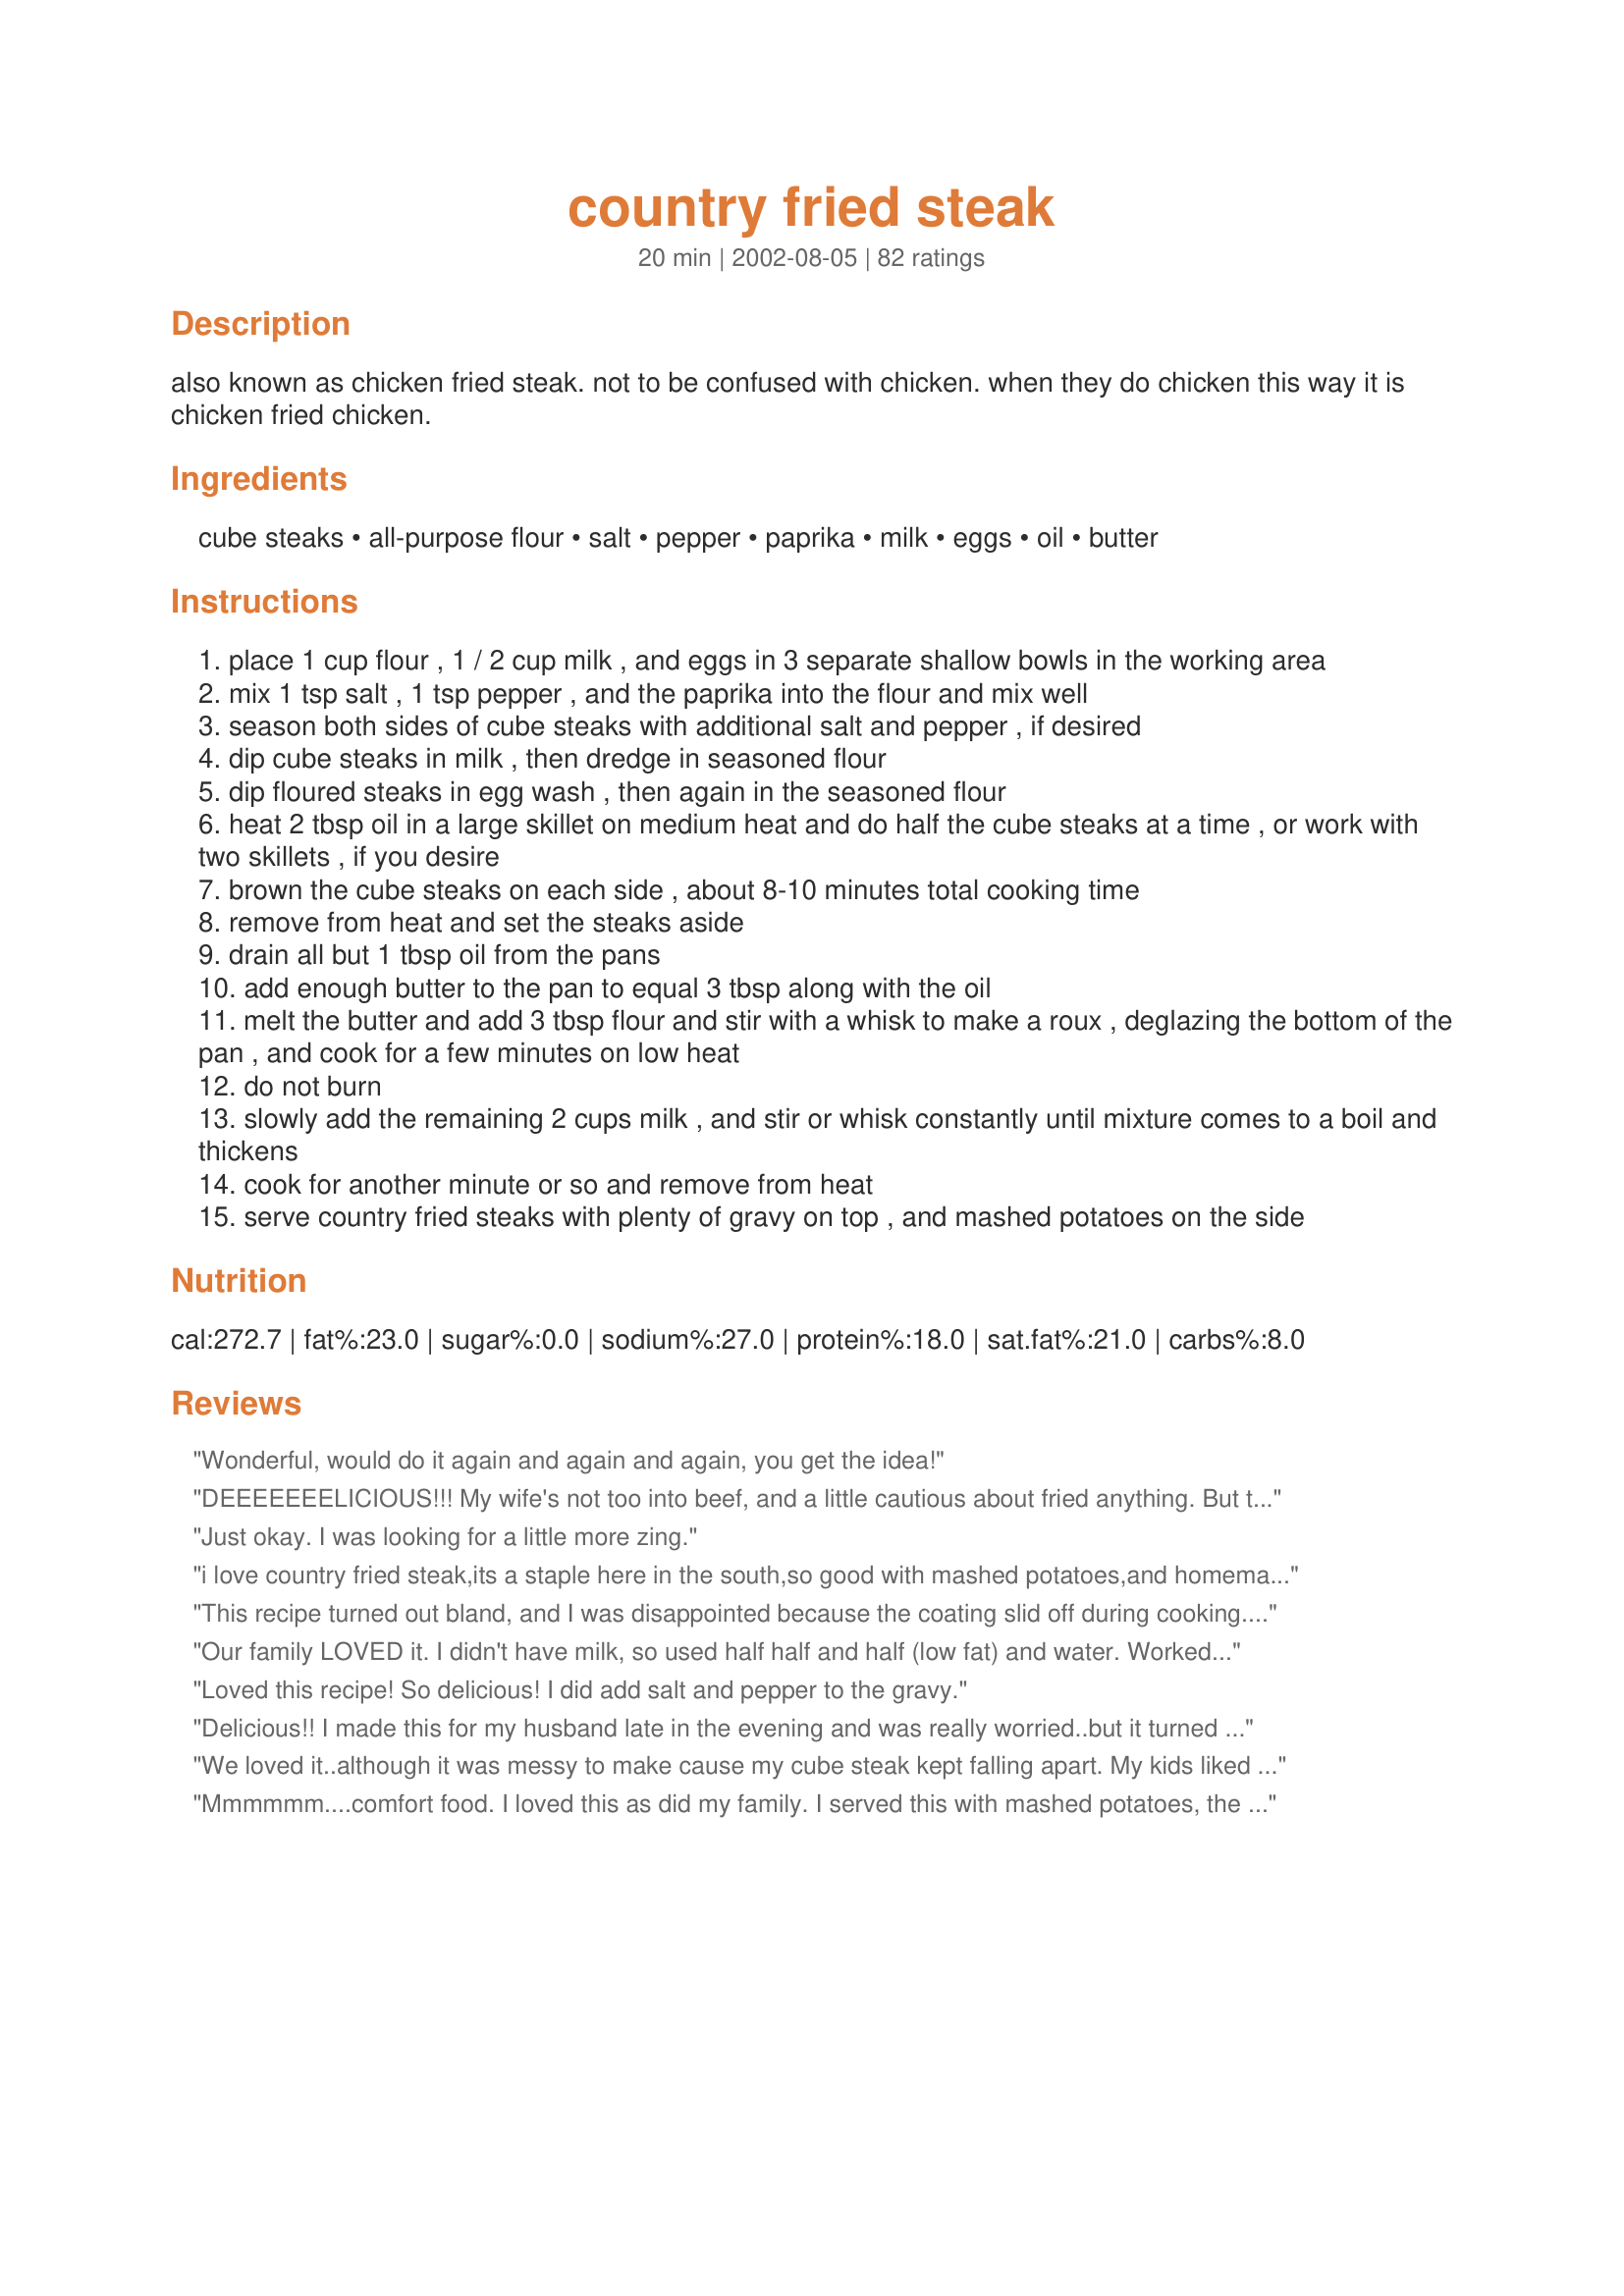
country fried steak
Preparation time: 20 minutes

also known as chicken fried steak. not to be confused with chicken. when they do chicken this way it is chicken fried chicken.

Ingredients:
cube steaks, all-purpose flour, salt, pepper, paprika, milk, eggs, oil, butter

Steps:
place 1 cup flour , 1 / 2 cup milk , and eggs in 3 separate shallow bowls in the working area
mix 1 tsp salt , 1 tsp pepper , and the paprika into the flour and mix well
season both sides of cube steaks with additional salt and pepper , if desired
dip cube steaks in milk , then dredge in seasoned flour
dip floured steaks in egg wash , then again in the seasoned flour
heat 2 tbsp oil in a large skillet on medium heat and do half the cube steaks at a time , or work with two skillets , if you desire
brown the cube steaks on each side , about 8-10 minutes total cooking time
remove from heat and set the steaks aside
drain all but 1 tbsp oil from the pans
add enough butter to the pan to equal 3 tbsp along with the oil
melt the butter and add 3 tbsp flour and stir with a whisk to make a roux , deglazing the bottom of the pan , and cook for a few minutes on low heat
do not burn
slowly add the remaining 2 cups milk , and stir or whisk constantly until mixture comes to a boil and thickens
cook for another minute or so and remove from heat
serve country fried steaks with plenty of gravy on top , and mashed potatoes on the side

Reviews:
Wonderful, would do it again and again and again, you get the idea!
DEEEEEEELICIOUS!!! My wife's not too into beef, and a little cautious about fried anything. But that ain't me, so as the chief cook and bottle washer in this household, I went ahead and made it anyway...heh-heh. WE LOVED IT!!! I see a lot of variations to this recipe and I did one too (the second time around). During a short stint in San Antonio Texas, my friends mom soaked the furiously pounded steak for a couple of hours in a mixture of 2 Tbsp Apple Cider Vinegar, 2 Tbsp Salt, and 2 cups of water. Then she drained and dried it before she seasoned and cooked it. She called it, &quot;Fried Cowboy Steak&quot;. That one tasted good too. Hard to choose which one was better. Thanks for this great southern-style recipe.
Just okay. I was looking for a little more zing.
i love country fried steak,its a staple here in the south,so good with mashed potatoes,and homemade butter milk biscuits.I did notice one reveiwer said it was to greasy, this is from a low frying tempture,you must have the grease really hot when frying any food or it will be greasy. (just alittle tip for the south we fry everything)
This recipe turned out bland, and I was disappointed because the coating slid off during cooking. I never added the extra 1/2 tsp. salt and 1/4 tsp. pepper because it wasn't clear when to do so and I forgot. That might have helped, but I am not convinced. I'm sorry, but I will need to keep looking for a more flavorful recipe.
Our family LOVED it. I didn't have milk, so used half half and half (low fat) and water. Worked great!

I also used olive oil. Thanks for a winner of a recipe!
Loved this recipe! So delicious! I did add salt and pepper to the gravy.
Delicious!! I made this for my husband late in the evening and was really worried..but it turned out great!!! was a yummy late dinner :) TY!
We loved it..although it was messy to make cause my cube steak kept falling apart. My kids liked it because it was not too spicy for them like some country fried steak.
Mmmmmm....comfort food. I loved this as did my family. I served this with mashed potatoes, the gravy, corn, biscuits and fruit salad. Wonderful meal. Thank you for posting.
GREAT! I loved this recipe. Better than grandma's! :) But shhhh.. don't tell her I said so :) The gravy was delicious as well.. perfect! I usually make the gravy out of the packs because I didn't know how to make homemade gravy - this will now be the recipe I use from now on! Thanks!
Used this recipe to compliment 2009 New Years Dinner. Georgia style. Used Peppered Season All Seasoning salt instead of salt, pepper and paprika. Added a little zing. Wonderful Recipe!!! My family and I thank you.
Made this last night, I found that I needed more flour than the recipe called for, but other than that, the recipe was great! This would be a great recipe for anyone who doessn't know what "milk gravy" or "cream gravy" is to try. Thanks for posting!
This CFS was delicious. The breading worked great for me. The gravy was thick and creamy. Made for Food Photo Forum.
What a delicious country fried steak! It was sooooo tender and good. My husband is a very pinicky eater and I worried while making this recipe that he might not eat it due to the pepper and paprika. He doesn't like to try new things and was raised eating very bland foods as a child. To my surprise he scarfed it down like it was going out of style! Ha! He even commented how it had a good slightly spicy flavor to it. I'll be making this recipe for years to come. Thanks Sue L.!!!
I've made this recipe twice so far. The first time I didn't season the meat as much as normally would have and it turned out okay. I seasoned the flour as directed. This time I seasoned the meat the way I like it (season salt, garlic, onion powder, pepper, red pepper and worcestershire) and put paprika in the flour. I did do the dipping in the egg and flour as directed. It turned out just the way I like it! Great! Served with the gravy with onions. Thanks so much!
I made this for dinner tonight and it was fabulous!!! Thanks for posting!!
This is delicious and very easy to make. I served it with the Supreme Garlic Mashed Potatoes (recipe in Recipezaar also) and my family really loved the dinner. Perfect served with the potatoes and a tossed salad. Yum!!!
I liked the country fried steak itself but I thought the gravy was kind of bland. Otherwise, this was tasty!
This is really a great recipe and I appreciate the awesome directions too. DH and I really enjoyed the steak and gravy. Thanks for sharing your recipe!
This cannot be printed
Finally, I've found the chicken fried steak recipe I can keep! Over the years, I've tried and tried to make this...and now I think I've got it! Thank you for posting..it was delicious:)
Im making this right now. I will update when dinner is done. Ok so I made this, and it was a hit! I put mine in the oven at a low temp for a while after I fried them. I felt like they were not all the way done when I was frying them, but I didn't want to burn the coating on them. Next time I will fry the at a lower temp.
We really enjoyed this one! The steaks came out nicely breaded but not choked with breading like some restaurants serve it. We could still taste the beef which is just how we like it. I had a little trouble thickening up the gravy, but I've always had trouble making gravy. Once I turned the heat up to medium-low (gas 3) at step 11 (I didn't since it said low in step 10) it thickened right up. We like our gravy a little spicy so I added approximately 1/2 tsp chili powder, a dash of garlic powder, and a dash of salt & fresh ground pepper. I served this with mashed potatoes and peas and it was very tasty!
My husband is really picky about his country fried steak, and he loves this recipe!
Not sure what the others did wrong but it came out great for me. The steak is meant to be eaten with the gravy...,not quite sure if peoople are using it or not. Either way thanks for sharing I have saved this in my cookbook as I plan to make over and over.
Sorry! Not my fave. To me it was just ok. not as crispy or tender as i would have liked. Also made a huge mess in the kitchen that just didnt seem worth it. Think i'm going to stick with Chili's to go.
We loved this! I did uwse bacon fat opposed to the oil. It is on my husbands top three !
What a PERFECT recipe for country fried steak! My picky 2 year old LOVES this so it's a regular in our house. Thanks for such a great recipe!
Very very good. Thank you for sharing!
Very good, flavorful I think because I used seasoned salt in the flour along with a little garlic powder.. It did not get as crispy as I was hoping it would. Did all the dipping as directed and fried on medium heat, higher I think it would of made it burn not make it crisper
We love this! This is a regular request by my boyfriend now.
We absolutely loved this steak. The gravy made it even better. Thanks for posting this recipe.
I created an account just so I could say thank you. This is great a great recipe. I did put some garlic and herb Mrs Dash on the meat before hand, along with a touch of salt and pepper in the gravy. I Highly recommend this to anyone.
my girlfriend and i used this recipe tonight. it was the first time i had ever made country fried steak, and boy... it was some of the best country fried steak i've ever had! we only had skim milk, so i anticipated some pretty watery, unpleasant gravy, but even with no fat, it was still nice and thick and creamy. overall, this recipe is perfect... though i did add a bit of salt and adobo to the gravy, just because i can't ever leave a recipe alone, heh. thanks!
Good chicken fried steak! I served this with mashed potatoes, biscuits and a pea salad. It did take me quite a bit more time to prepare the recipe since I doubled it for my family. I also had to more than double the flour to have enough. I liked the addition of the paprika.
Excellent. Breading is delicious. Turned out like Cracker Barrel&#039;s in my opinion. Boyfriend loved it!
I liked how simple this recipe was. It went together very quickly and it was nice to have a fast dinner for a chance. I would add more seasoning next time, maybe some seasoned salt or garlic powder. I will make this again!
It sucked! The breading fell off!
REALLY GOOD! The family loved it, served with mashed potatoes, corn and biscuits. Best Country fried steak recipe I've tried. I think I'll stop looking....can't get much better than this.
I did not give this any stars because I think I need to give this recipe another try. Followed it almost exactly - except I accidentally mixed the eggs, milk and flour all into one bowl (oops!) and decided not to be wasteful and coat the steaks anyways. The batter was thick, but they cooked up pretty well even though the coating tended to fall off. Definitely do not exceed medium-high heat, be patient if anything. I would recommend seasoning steaks beforehand, which I did not do. I found the sauce to be very lacking in flavor. Could maybe use some beef bouillon or spices as other reviewers have suggested. My boyfriend still loved it, but I think it can be better than how I did it with the accidental mix
Loved it...one of my favorite dishes growing up. Made with Recipe #274546 and Recipe #83524. Even my picky eater gobbled it up! No problems getting the coating to stick and it fried up wonderfully (used sunflower oil to fry). I prefer making this with saltine crackers, but I didn&#039;t have any on hand. Maybe next time I would season the cube steaks before coating (for my own personal taste): I felt that the seasoning got a little &quot;lost&quot; somewhere in the process (everyone else in my family was content with seasoning). Thanks so much!
I thought this was a good recipe. My boys liked it except the gravy was a little bland. Maybe adding some different spices would help.
I had never had any kind of Country Fried Steak. I'm sad to think of all the blah dinners that it threw to together when we could have been enjoying this delicious meal. Excellent!!!
This is great! When my kids tell me the meal is really good, I know it's a keeper!
I made this recipe as directed except I used a deep fryer to cook the steaks. They came out restaurant quality! Chrispy and seasoned to perfection. Make sure you season the meat and allow it to sit 5 minutes before you bread it. For gravy I made country pepper gravy like they serve at Cracker Barrel or Bob Evans. Make your gravy thick and you will love this recipe.
This was really good! Made everything as is, and I doubled the gravy.
Thank you for this recipe it was great=) I just loved your detail in the instructions. You made it so anybody could be successful with your recipe=)
this recipe is great. my whole family loved it! i am going to start making it once a week because it`s very easy and has a great taste. i can`t wait for next week!!!!!!
I have no idea where I went wrong, but I did. I cant believe after reading all of the comments that I did not enjoy this at all. I am sorry, will not try again.
This is by far my favorite country fried steak recipe on here! Make sure to add your spice to the gravy mix & flour people! The more pepper and paprika the better! The cube steaks turn out crispy and so tender in the middle. Yummy! Whats best is this meal is so cheap... yet very satisfying. <br/>Thanks for sharing!
Can&#039;t believe this was my first time trying Country Fried Steak, but boy was it worth the wait! This is delicious and so easy to make!
This recipe is awesome! Very nice and tender!
Very best CFS I've made yet! I did add seasoning salt to my gravy and steaks, but that's about the only change. Delicious, you have to try it!
This recipe was excellent, I have made it few times and will always use it. Thanks.
I've made this a couple of times now. The first time it was very good and my BF liked it very much only his mother's was more crispier. So the 2nd time I highered the temp on the fryer and it crisped up real good. Very delicious recipe!
This was my first attempt at Country Fried Steak and I liked it. I thought the gravy was bland though and it definitely benefited from some extra seasoning. I did like the fact that I didnt have a ton of breading left over. The steaks themselves were good but again, a bit bland. Thanks for an easy but messy recipe:)
we absolutly love this recipe i had never tried to make this before and it was very easy and delicious. i also am not a person who can make gravy but i did, and it was good with a little seasoning(which we like alot of on everything) thank you for this recipe
This is the exact recipe I've been using for years, and it's delicious. A favorite of the whole family. Sometimes I add a tablespoon or so of leftover bacon drippings to skillet. Makes the gravy even more tasty. Thanks for sharing.
My family very much enjoyed this dish. To give the flour an added flavor, I used 1/2 c of flour and 1/2 c of instant breakfast gravy mix.
Very easy to fix and so tasty. This one is a keeper for me and my family.
I've tried many chicken fried steak recipes. This is THE BEST! I think the double dip in the flour does it.
I've used this recipe for my country fried steaks for a while. (I do my gravy different) And I absolutely love the way these turn out. They are crunchy and just...... SO TENDER. I can't believe how tender... especially as cubed steaks are just so easy to make tough. Make sure you definitely use a high enough heat (I usually cook at about 6 out of 10 on my stove), cook them until they are a nice medium brown before you flip, and do NOT over do the oil, or you will get a more soggier steak as someone posted earlier. It may not look like a lot of oil, but it's plenty! :)
Thanks for the wonderful recipe! I cooked it this morning, my roommate and I loved it!
This is very tasty!! I used pork cube steak. I seasoned the flour with my own steak seasoning (recipe #73103). I like double dipping the meat in flour. I usually use just water to moisten the meat, but the milk and egg made a diference. I think I will do that in the future. I will definitely be making this recipe again. Thanks for a great recipe Sue.
I expected it to be crispier. Over all my family rated it an okay.
Followed recipe exactly as written except for the gravy...I had a package of McCormick's Country Gravy in the cupboard. This was excellent. We will do this again and again...We added some canned asparagus, I wish that it had been fresh. Oh well, it was still good.
My picky 5 year old ate an alarming amount of this! It was great and is the only way I'll make cube steak/country fried steak from now on.
Lovely recipe! DH and I enjoyed this nice Southern steak along with homemade mashed potatoes and green beans. Made it in my large cast iron pan exactly as directed; although I did add just a little extra seasoning of cayenne,seasoned salt & garlic powder. Thanks for a keeper!
well, i have never had country fried steak, or ANY fried steak for that matter, so i had no idea what to expect. we liked this, though it was a bit greasy for my liking and i had expected it to be more "crispy" for some reason. the gravy-making process had me a bit worried as it was an odd color and took forever to boil and thicken - but once it did it turned a nice milky color and definitely added to the steaks. i was curious as to what i was supposed to do with the extra 1/2 tsp salt and 1/4 tsp pepper so i added it to the gravy. i think this was good - maybe just not to my usual taste.
Made this last night and it was incredible. I tweaked the gravy a bit with seasonings I like to use on a regular rotation at home, but aside from that I stuck to the recipe. First time making country fried steak! It was requested that this be on regular rotation. :)
This was my first time attempting country fried steak, and I must say I amazed myself. I actually did it! The country fried steak itself was wonderful, but I have to agree with other posters that the gravy was a little bland (though the consistency turned out marvelously!). I'll try more spices in the gravy next time, or perhaps use what left over flour mixture I had from the steak to use in the gravy. Thanks for the recipe!
Update**
I have been making this same recipe almost weekly ever since I first rated it. I took my own advice, and I go ahead and take 3 tablespoons of the flour mixture before I dredge the steaks, and then use that for the sauce. Turns out perfectly! Very tasty, indeed. Thanks, again!
I have never made country fried steak before but was willing to try since I got some cube steaks on sale at the grocery store. I made quite a mess while breading but it was well worth it! I browned the steaks for 4 minutes each side and they turned out really nice and crunchy and golden. I was not really thrilled with the gravy however, but that could have just been us. A great comfort meal that I served with mac n cheese and green beans. Thanks for posting!!!
I've made this several times since my husband always requests it. I, too, never have any oil left after frying the meat and the coating is never greasy. Perhaps it's because I use an electric skillet. We love this recipe and the gravy it produces. Note to self: cook in skillet on 325 degrees.
Not bad...I couldn't get the coating to stick either and it was a little bland. Next time I going to add some garlic or onion powder or such.
Yum, yum, yum! This is the perfect Country Fried Steak!! I was looking for a recipe that rivaled the one I grew up with in Southeast Missouri at "Lambert's Restaurant". This one does the trick. It has a perfect texture on the outside and the directions are very easy to follow. I especially appreciate walking me through the gravy part. This makes a very nice meal with either mashed potatoes or, as my husband prefers it, steak fries with the gravy on top. Wonderful recipe!
Made these for dinner tonight and they were a hit. Spice in the flour is perfect! We will make these again.
I made this recipe axactly as is and it was wonderful. I usually don't like to eat steak due to its chewiness but this turned out so tender. Just fabulous Sue L.
Not the best country fried steak.
Very good recipe! I did add some extra seasoning to my breading and the gravy, particularly the addition of cayenne pepper on both ends. Also, a boatload more black pepper and dash of salt in the gravy plus the secret touch- A dash of nutmeg. Delicious!
This review is ONLY for the meat not the gravy. Since my family and I do not care for white milk gravy I did not make it. HOWEVER...the meat recipe is terrific! I have loved Chicken Fried Steak ever since I went to a resturant in Texas when my daughter was living there years ago. This was my first attempt at making it...and what a success it was. Nice and crispy, very tender, and tasted just the way I remembered it! I can't wait to eat a piece for breakfast in the morning. I took a chance and cooked lots so we would have left-overs and am sooo glad that I did. Thanks for submitting this recipe!
Very good! I love country fried steak. I used seasoned salt for the flour mixture for more spice and flavor. For those who said the gravy was a bit bland, the key to good pan gravy like this is a good bit of salt. Really will bring out the flavor. I LOVED the gravy! Also, cast iron skillet is a must!!
